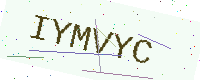
Text: IYMVYC